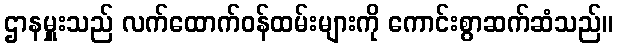
ဌာနမှူးသည် လက်ထောက်ဝန်ထမ်းများကို ကောင်းစွာဆက်ဆံသည်။